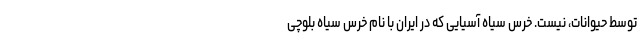
توسط حیوانات، نیست. خرس سیاه آسیایی که در ایران با نام خرس سیاه بلوچی